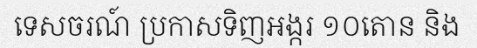
ទេសចរណ៍ ប្រកាសទិញអង្ករ ១០តោន និង